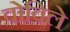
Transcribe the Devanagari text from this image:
वोविले